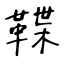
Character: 鞢